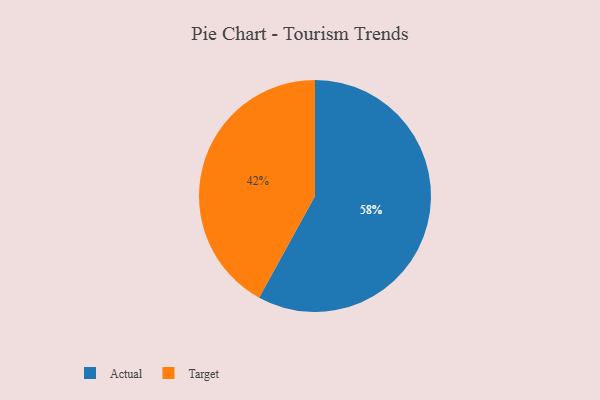
{"axis": {"x": "Category", "y": "Percentage"}, "legend": ["Actual", "Target"], "data": [{"x": "Actual", "y": 58, "type": "Actual"}, {"x": "Target", "y": 42, "type": "Target"}]}